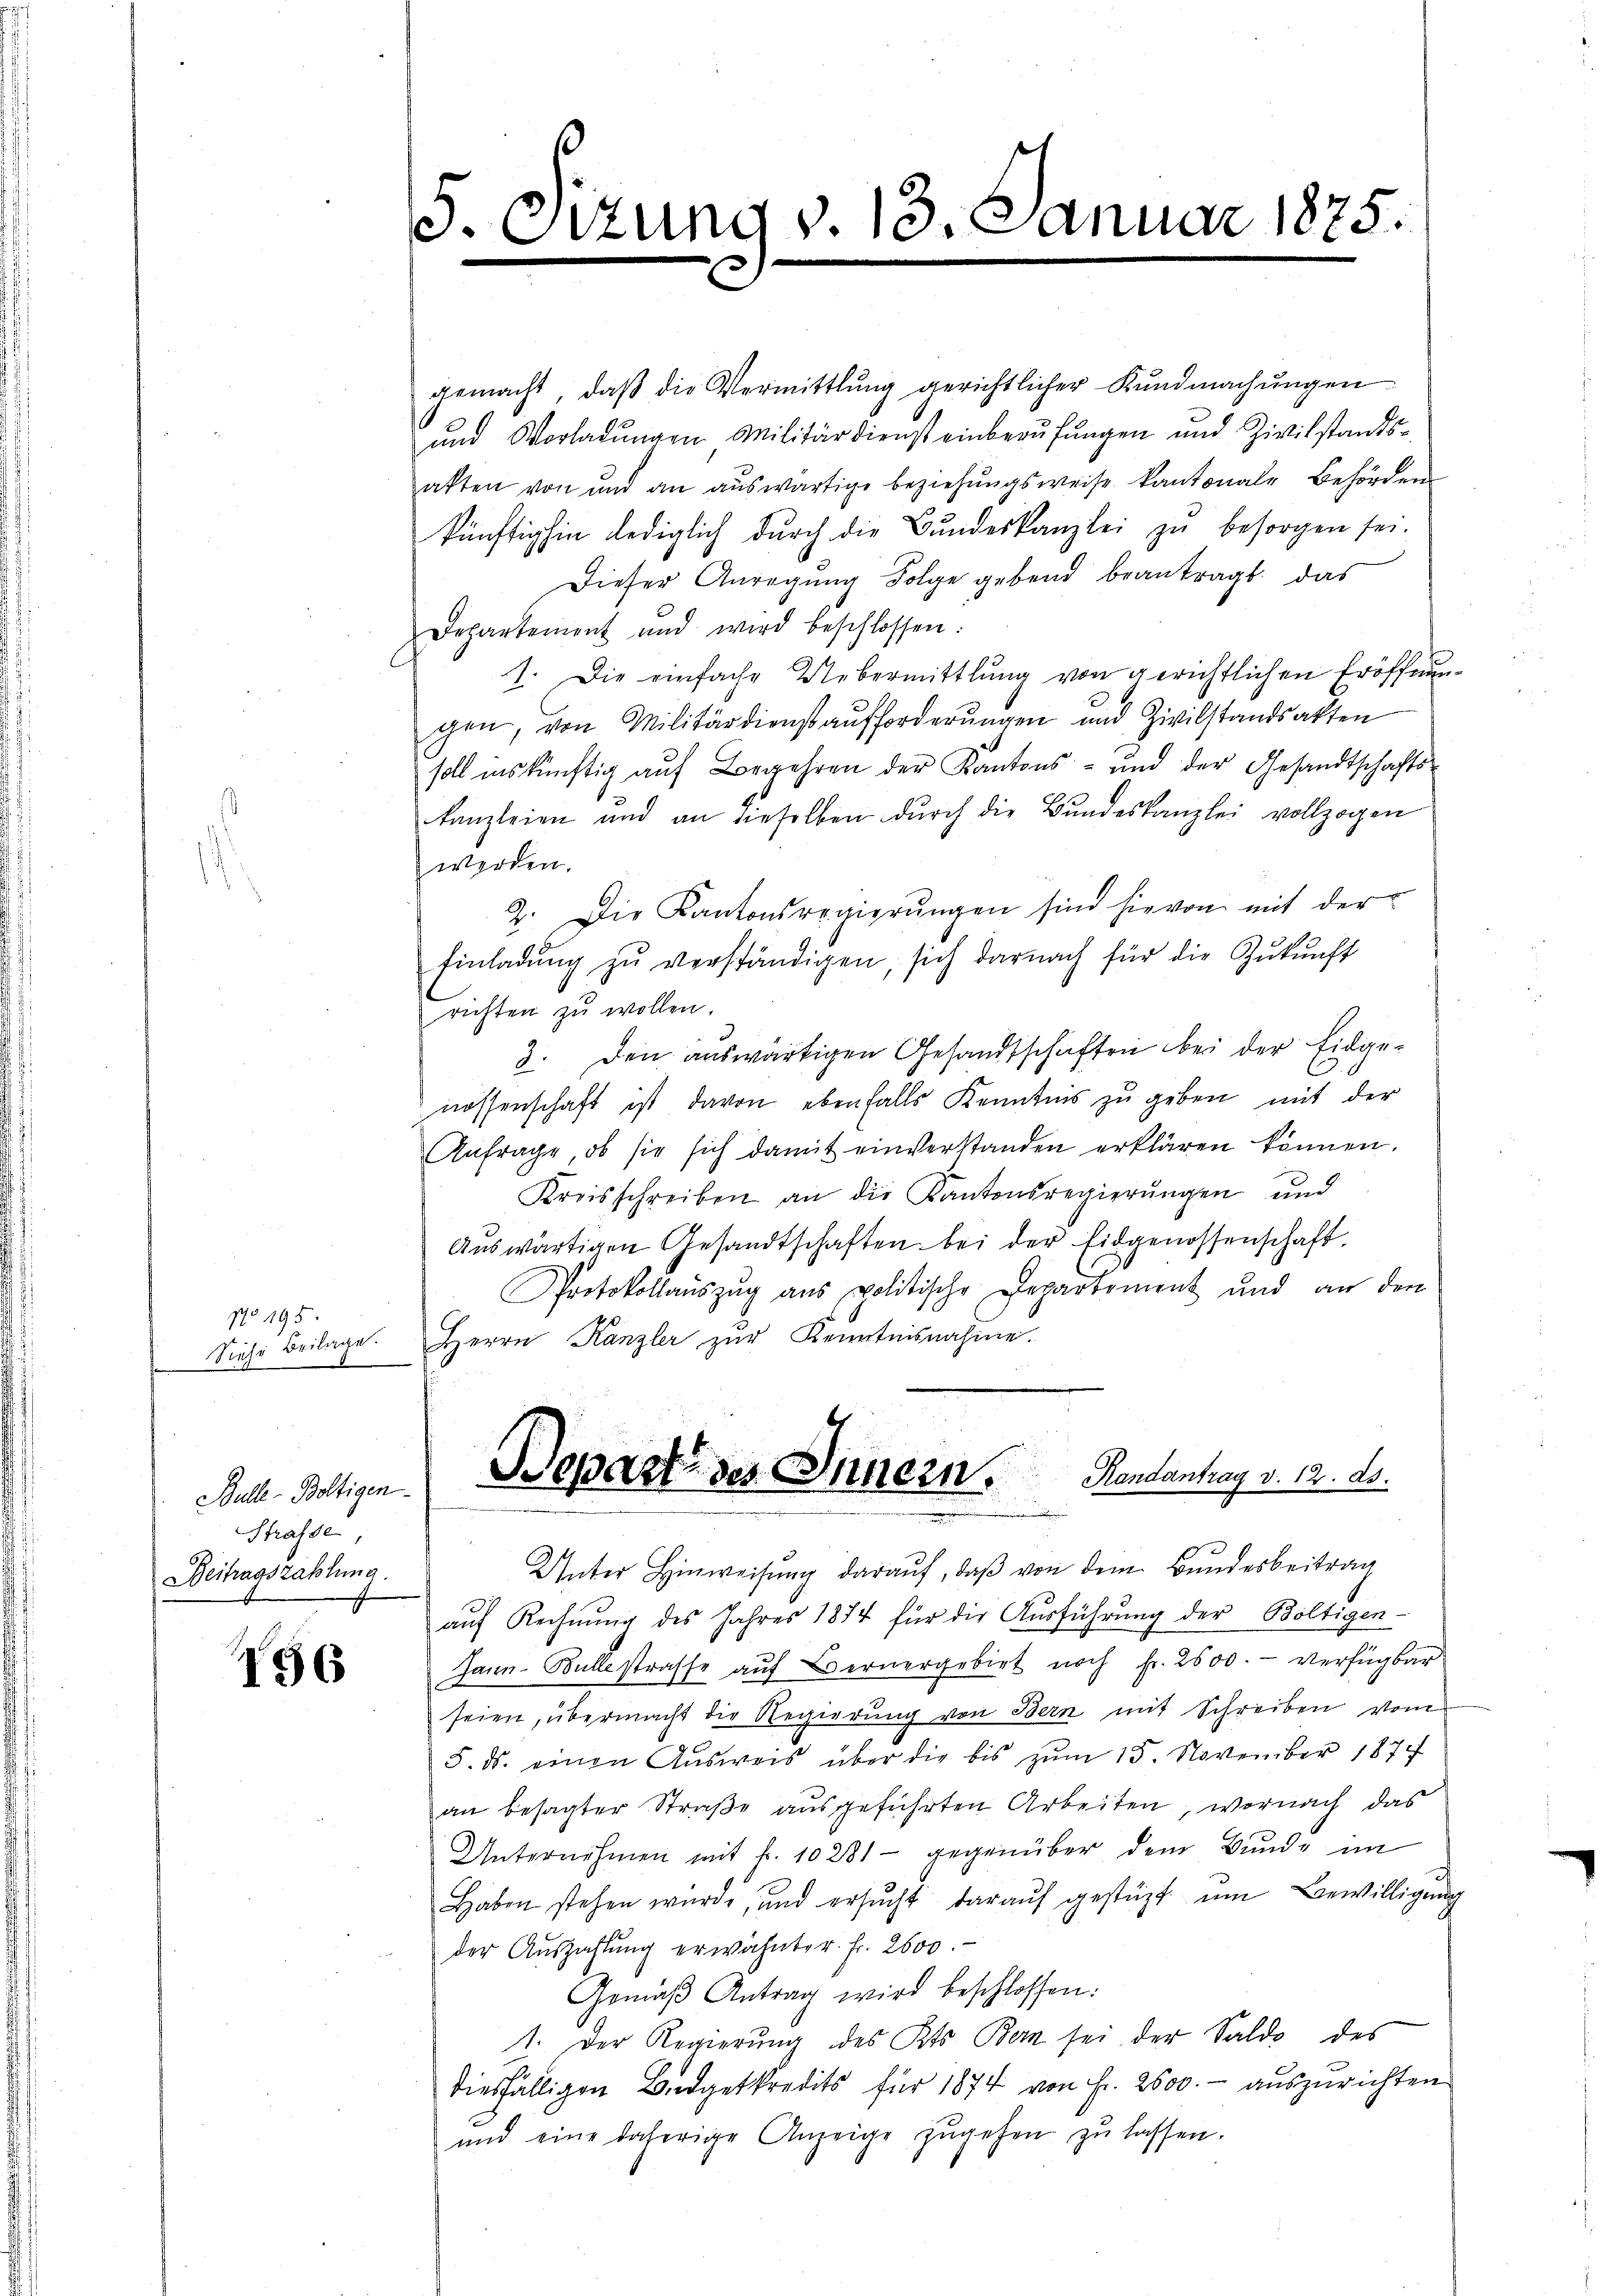
No 195.
Siehe Beilage.

Bulle-Boltigen
Strasse
Beitragszahlung.

156

. Si

gemacht, daβ die Vermittlung gerichtlicher Kundmachŭngen
und Vorladungen Militärdienst einberufungen und Zivilstandsakten von und an aŭswärtige beziehŭngsweise kantonale Behörden
künftighin lediglich durch die Bundeskanzlei zu besorgen sei.
Dieser Anregung Folge gebend beantragt, das
Departement und wird beschlossen:
1. Die einfache Uebermittlung von gerichtlichen Eröffnŭn-
gen, von Militärdienst aufforderŭngen und Zivilstandsakten
soll inskünftig aŭf Begehren der Kantons- und der Gesandtschafts-
kanzleien und an dieselben dŭrch die Bundeskanzlei vollzogen
werden.
2. Die Kantonsregierŭngen sind hievon mit der
Einladŭng zŭ verständigen, sich darnach für die Zŭkŭnft
richten zu wollen.
3. Den auswärtigen Gesandtschaften bei der Eidgenossenschaft ist davon ebenfalls Kenntnis zŭ geben mit der
Anfrage, ob sie sich damit einverstanden erklären können.
Kreisschreiben an die Kantonsregierŭngen und
Aŭswärtigen Gesandtschaften bei der Eidgenossenschaft.
Protokollauszug aus politische Departement und an den
Herrn Kanzler zur Kenntnisnahme.

Unter Hinweisŭng daraŭf, daβ von dem Bundesbeitrag
auf Rechnung des Jahres 1874 für die Ausführung der Boltigen-
Jann. Ballestrasse auf Bernergebiet noch fr. 2500. - verfügbar
seien, übermacht die Regierung von Bern mit Schreiben vom
5. ds. einen Ausweis über die bis zŭm 15. November 1877
an besagter Straße ausgeführten Arbeiten, wornach das
Unternehmen mit fr. 10281 - gegenüber dem Bunde im
Haben stehen wurde, und ersŭcht daraŭf gestüzt ŭm Bewilligung
der Aŭszahlŭng erwähnter. Fr. 2600.
Gemäβ Antrag wird beschlossen:
1. Der Regierung des Kts. Bern sei der Saldo des
diesfälligen Budgetkredits für 1874 von Fr. 2600.- auszurichten
und eine daherige Anzeige zŭgehen zŭ lassen.

zung v. 13. Januar 1875.

Depart des Innern. Handanhay v. 12. ds.